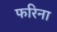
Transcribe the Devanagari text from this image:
फरिना